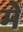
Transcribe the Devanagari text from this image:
मेेें